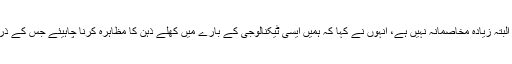
بینک آف انگلینڈ کے گورنر مارک کارنی کا رویہ البتہ زیادہ مخاصمانہ نہیں ہے، انہوں نے کہا کہ ہمیں ایسی ٹیکنالوجی کے بارے میں کھلے ذہن کا مظاہرہ کرنا چاہیئے جس کے ذریعے سرحدوں کے درمیان رقم کی منتقلی آسان ہو۔